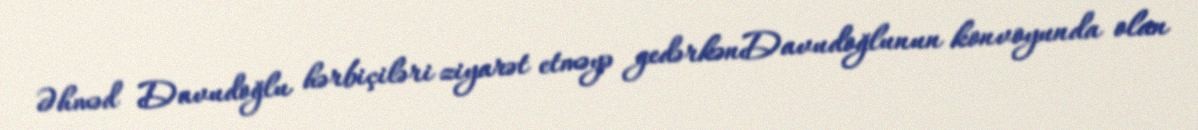
Əhməd Davudoğlu hərbiçiləri ziyarət etməyə gedərkənDavudoğlunun konvoyunda olan